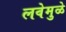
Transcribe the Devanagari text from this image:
लवेमुळे